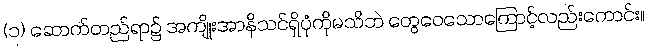
(၁) ဆောက်တည်ရာ၌ အကျိုးအာနိသင်ရှိပုံကိုမသိဘဲ တွေဝေသောကြောင့်လည်းကောင်း။